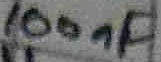
Text: 100nF